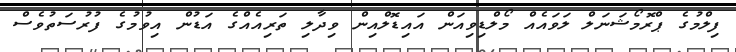
ފިލްމުގެ ޕްރޮމޯޝަނަލް ލަވައެއް މޯލްޑިވިއަން އައިޑޮލްއިން ވިދާލި ތަރިއެއްގެ އަޑުން އިވުމުގެ ފުރުސަތުވެސް